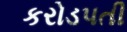
કરોડપતી